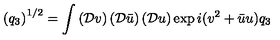
\left( q _ { 3 } \right) ^ { 1 / 2 } = \int \left( \mathcal { D } v \right) \left( \mathcal { D } \bar { u } \right) \left( \mathcal { D } u \right) \exp { i ( v ^ { 2 } + \bar { u } u ) q _ { 3 } }